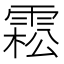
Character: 𩃭